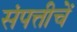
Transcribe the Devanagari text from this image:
संपत्तीचें